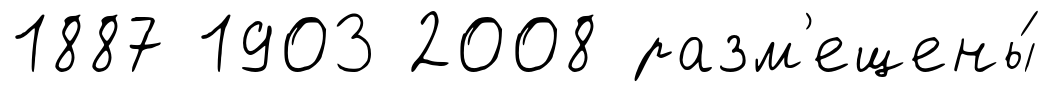
1887 1903 2008 разм'ещены́